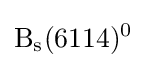
{\rm {B_{s}(6114)^{0}}}